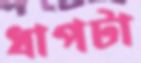
ধাপটা